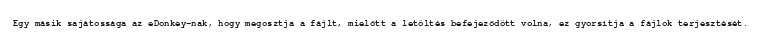
Egy másik sajátossága az eDonkey-nak, hogy megosztja a fájlt, mielőtt a letöltés befejeződött volna, ez gyorsítja a fájlok terjesztését.